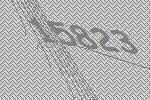
15823